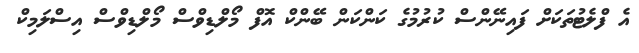
އެ ފްލެޓުތަކަށް ފައިނޭންސް ކުރުމުގެ ކަންކަން ބޭންކް އޮފް މޯލްޑިވްސް މޯލްޑިވްސް އިސްލަމިކް